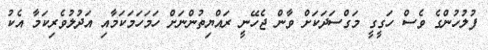
ފުލުހުންގެ ވެސް ހަގީގީ މަގްސަދަކަށް ވާން ޖެހޭނީ ރައްޔިތުންނަށް ހަމަހަމަކަމާއި އަދުލުވެރިކަމާ އެކު